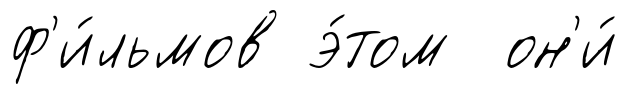
ф'и́льмов э́том он'и́